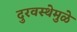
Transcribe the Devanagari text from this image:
दुरवस्थेमुळे